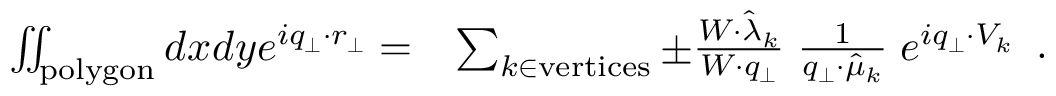
\begin{array} { r l } { \iint _ { \mathrm { p o l y g o n } } d x d y e ^ { i q _ { \perp } \cdot r _ { \perp } } = } & { \sum _ { k \in \mathrm { v e r t i c e s } } \pm \frac { W \cdot \hat { \lambda } _ { k } } { W \cdot q _ { \perp } } \; \frac { 1 } { q _ { \perp } \cdot \hat { \mu } _ { k } } \; e ^ { i q _ { \perp } \cdot V _ { k } } } \end{array} .